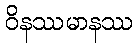
ဝိနဿမာနဿ